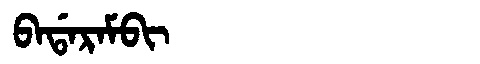
Manchu: ᠪᠠᡩᠠᡵᠠᠮᠪᡳ
Romanization: BADARAMBI